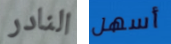
النادر أسهل